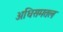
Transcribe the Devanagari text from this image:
अधिसमतल